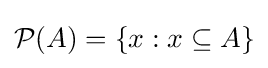
{\mathcal {P}}(A)=\{x:x\subseteq A\}